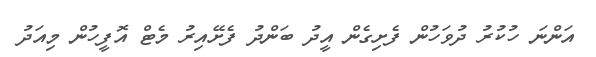
އަންނަ ހުކުރު ދުވަހުން ފެށިގެން އީދު ބަންދު ފެށޭއިރު މެޓް އޮފީހުން މިއަދު